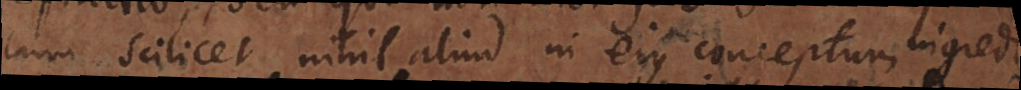
cum scilicet nihil aliud in ejus conceptum ingred